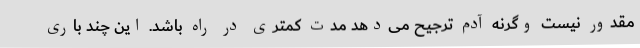
مقدور نیست وگرنه آدم ترجیح می‌دهد مدت کمتری در راه باشد. این چند باری